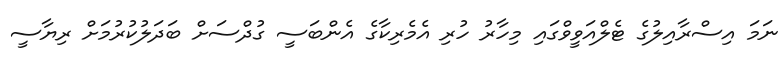
ނަމަ އިސްރާއިލުގެ ޓެލްއަވީވްގައި މިހާރު ހުރި އެމެރިކާގެ އެންބަސީ ގުދްސަށް ބަދަލުކުރުމަށް ރިޔާސީ